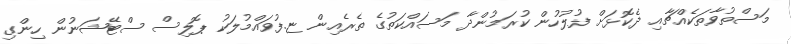
މަސްތުވާތަކެއްޗާއި ދެކޮޅަށް ފުލުހުން ކުރަމުންދާ މަސައްކަތުގެ ތެރެއިން ޏ.ފުވައްމުލަކު ޕޮލިސް ސްޓޭޝަނުން ހިންގި